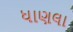
ધાણલા